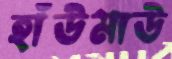
হাঁউমাউ